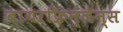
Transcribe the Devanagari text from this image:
बायरफ्रिन्जेन्स